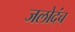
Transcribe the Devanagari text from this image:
जलोदंच